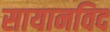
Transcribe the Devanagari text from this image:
सायानविद